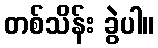
တစ်သိန်း ခွဲပါ။